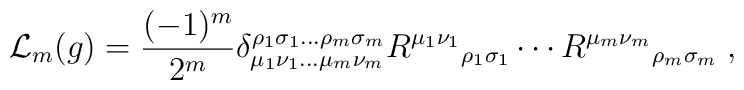
\mathcal{L}_m(g)=\frac{(-1)^m}{2^{m}}\delta_{\mu_1\nu_1\ldots\mu_m\nu_m}^{\rho_1\sigma_1\ldots\rho_m\sigma_m}{R^{\mu_1\nu_1}}_{\rho_1\sigma_1}\cdots{R^{\mu_m\nu_m}}_{\rho_m\sigma_m}\;,